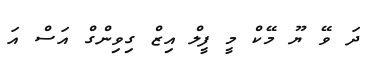
ދަ ވޭ ޔޫ މޭކް މީ ފީލް އިޒް ގިވިންގް އަސް އަ